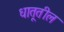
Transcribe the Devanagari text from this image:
धातूतील